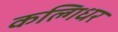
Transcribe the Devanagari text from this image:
कल्गिधर